Senior Leaving Certificate Examination (including Day School Certificate (Higher) General paper), 1948
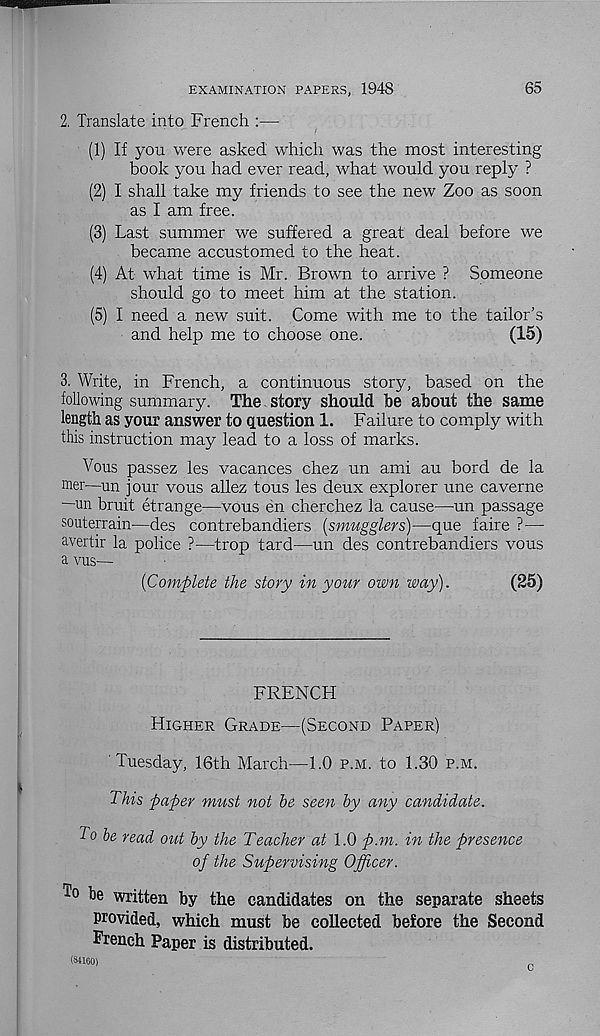
EXAMINATION PAPERS, 1948
65
2, Translate into French :—
(1) If you were asked which was the most interesting
book you had ever read, what would you reply ?
(2) I shall take my friends to see the new Zoo as soon
as I am free.
(3) Last summer we suffered a great deal before we
became accustomed to the heat.
(4) At what time is Mr. Brown to arrive ? Someone
should go to meet him at the station.
(5) I need a new suit. Come with me to the tailor’s
and help me to choose one.
(15)
3. Write, in French, a continuous story, based on the
following summary. The story should be about the same
length as your answer to question 1. Failure to comply with
this instruction may lead to a loss of marks.
Vous passez les vacances chez un ami au bord de la
mer—un jour vous allez tous les deux explorer une caverne
—un bruit etrange—vous en cherchez la cause—un passage
souterrain—des contrebandiers {smugglers)—que faire ?—-
avertir la police ?—trop tard—un des contrebandiers vous
a vus—
{Complete the story in your own way).
(25)
FRENCH
Higher Grade—(Second Paper)
Tuesday, 16th March—1.0 p.m. to 1.30 p.m.
This paper must not he seen hy any candidate.
To he read out hy the Teacher at 1.0 p.m. in the presence
of the Supervising Officer.
to be written by the candidates on the separate sheets
provided, which must be collected before the Second
French Paper is distributed.
(84160)
C